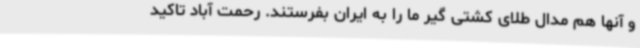
و آنها هم مدال طلای کشتی گیر ما را به ایران بفرستند. رحمت آباد تاکید